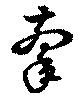
牽